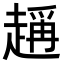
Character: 𧽃